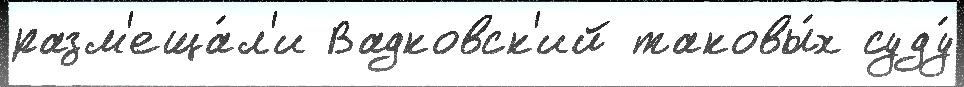
разм'еща́л'и Вадковск'ий таковы́х суду́